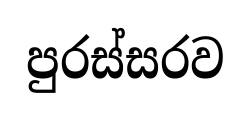
පුරස්සරව